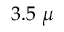
3 . 5 ~ \mu